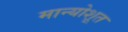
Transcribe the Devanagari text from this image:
मान्योशूत